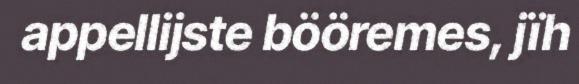
appellijste bööremes, jïh